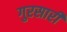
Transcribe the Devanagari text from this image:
गुरसारी